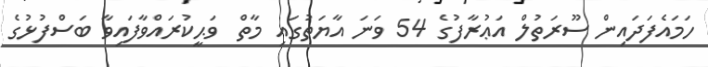
ހަމައެފަދައިން ސޫރަތުލް އަޢުރާފުގެ 54 ވަނަ އާޔަތުގައި މާތް  ވަޙީކުރައްވާފައިވާ ބަސްފުޅުގެ